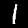
Digit: 1